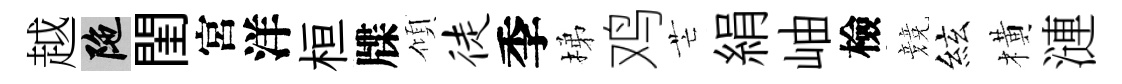
越陀閨宮洋桓牒傾徒季梯鸡芒絹岫檢競絃橫漣